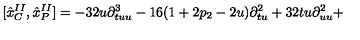
\lbrack { \hat { x } } _ { C } ^ { I I } , { \hat { x } } _ { P } ^ { I I } ] = - 3 2 u \partial _ { t u u } ^ { 3 } - 1 6 ( 1 + 2 p _ { 2 } - 2 u ) \partial _ { t u } ^ { 2 } + 3 2 t u \partial _ { u u } ^ { 2 } +